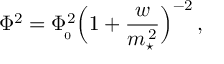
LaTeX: \Phi ^ { 2 } = \Phi _ { \! _ { 0 } } ^ { 2 } \Big ( 1 + { \frac { w } { m _ { \star } ^ { \, 2 } } } \Big ) ^ { - 2 } \, ,